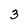
Character: 3